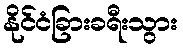
နိုင်ငံခြားခရီးသွား